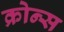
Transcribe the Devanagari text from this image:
क्रोन्स